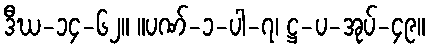
ဒီဃ-၁၄-၆၂။ ။ပဏ်-၁-ပါ-၇၊ ဋ္ဌ-ပ-အုပ်-၄၉။